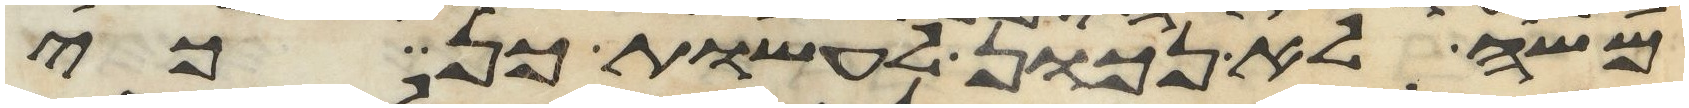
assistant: משה לא נכון לעשות כן כי